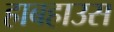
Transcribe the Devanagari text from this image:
हाबहाउस